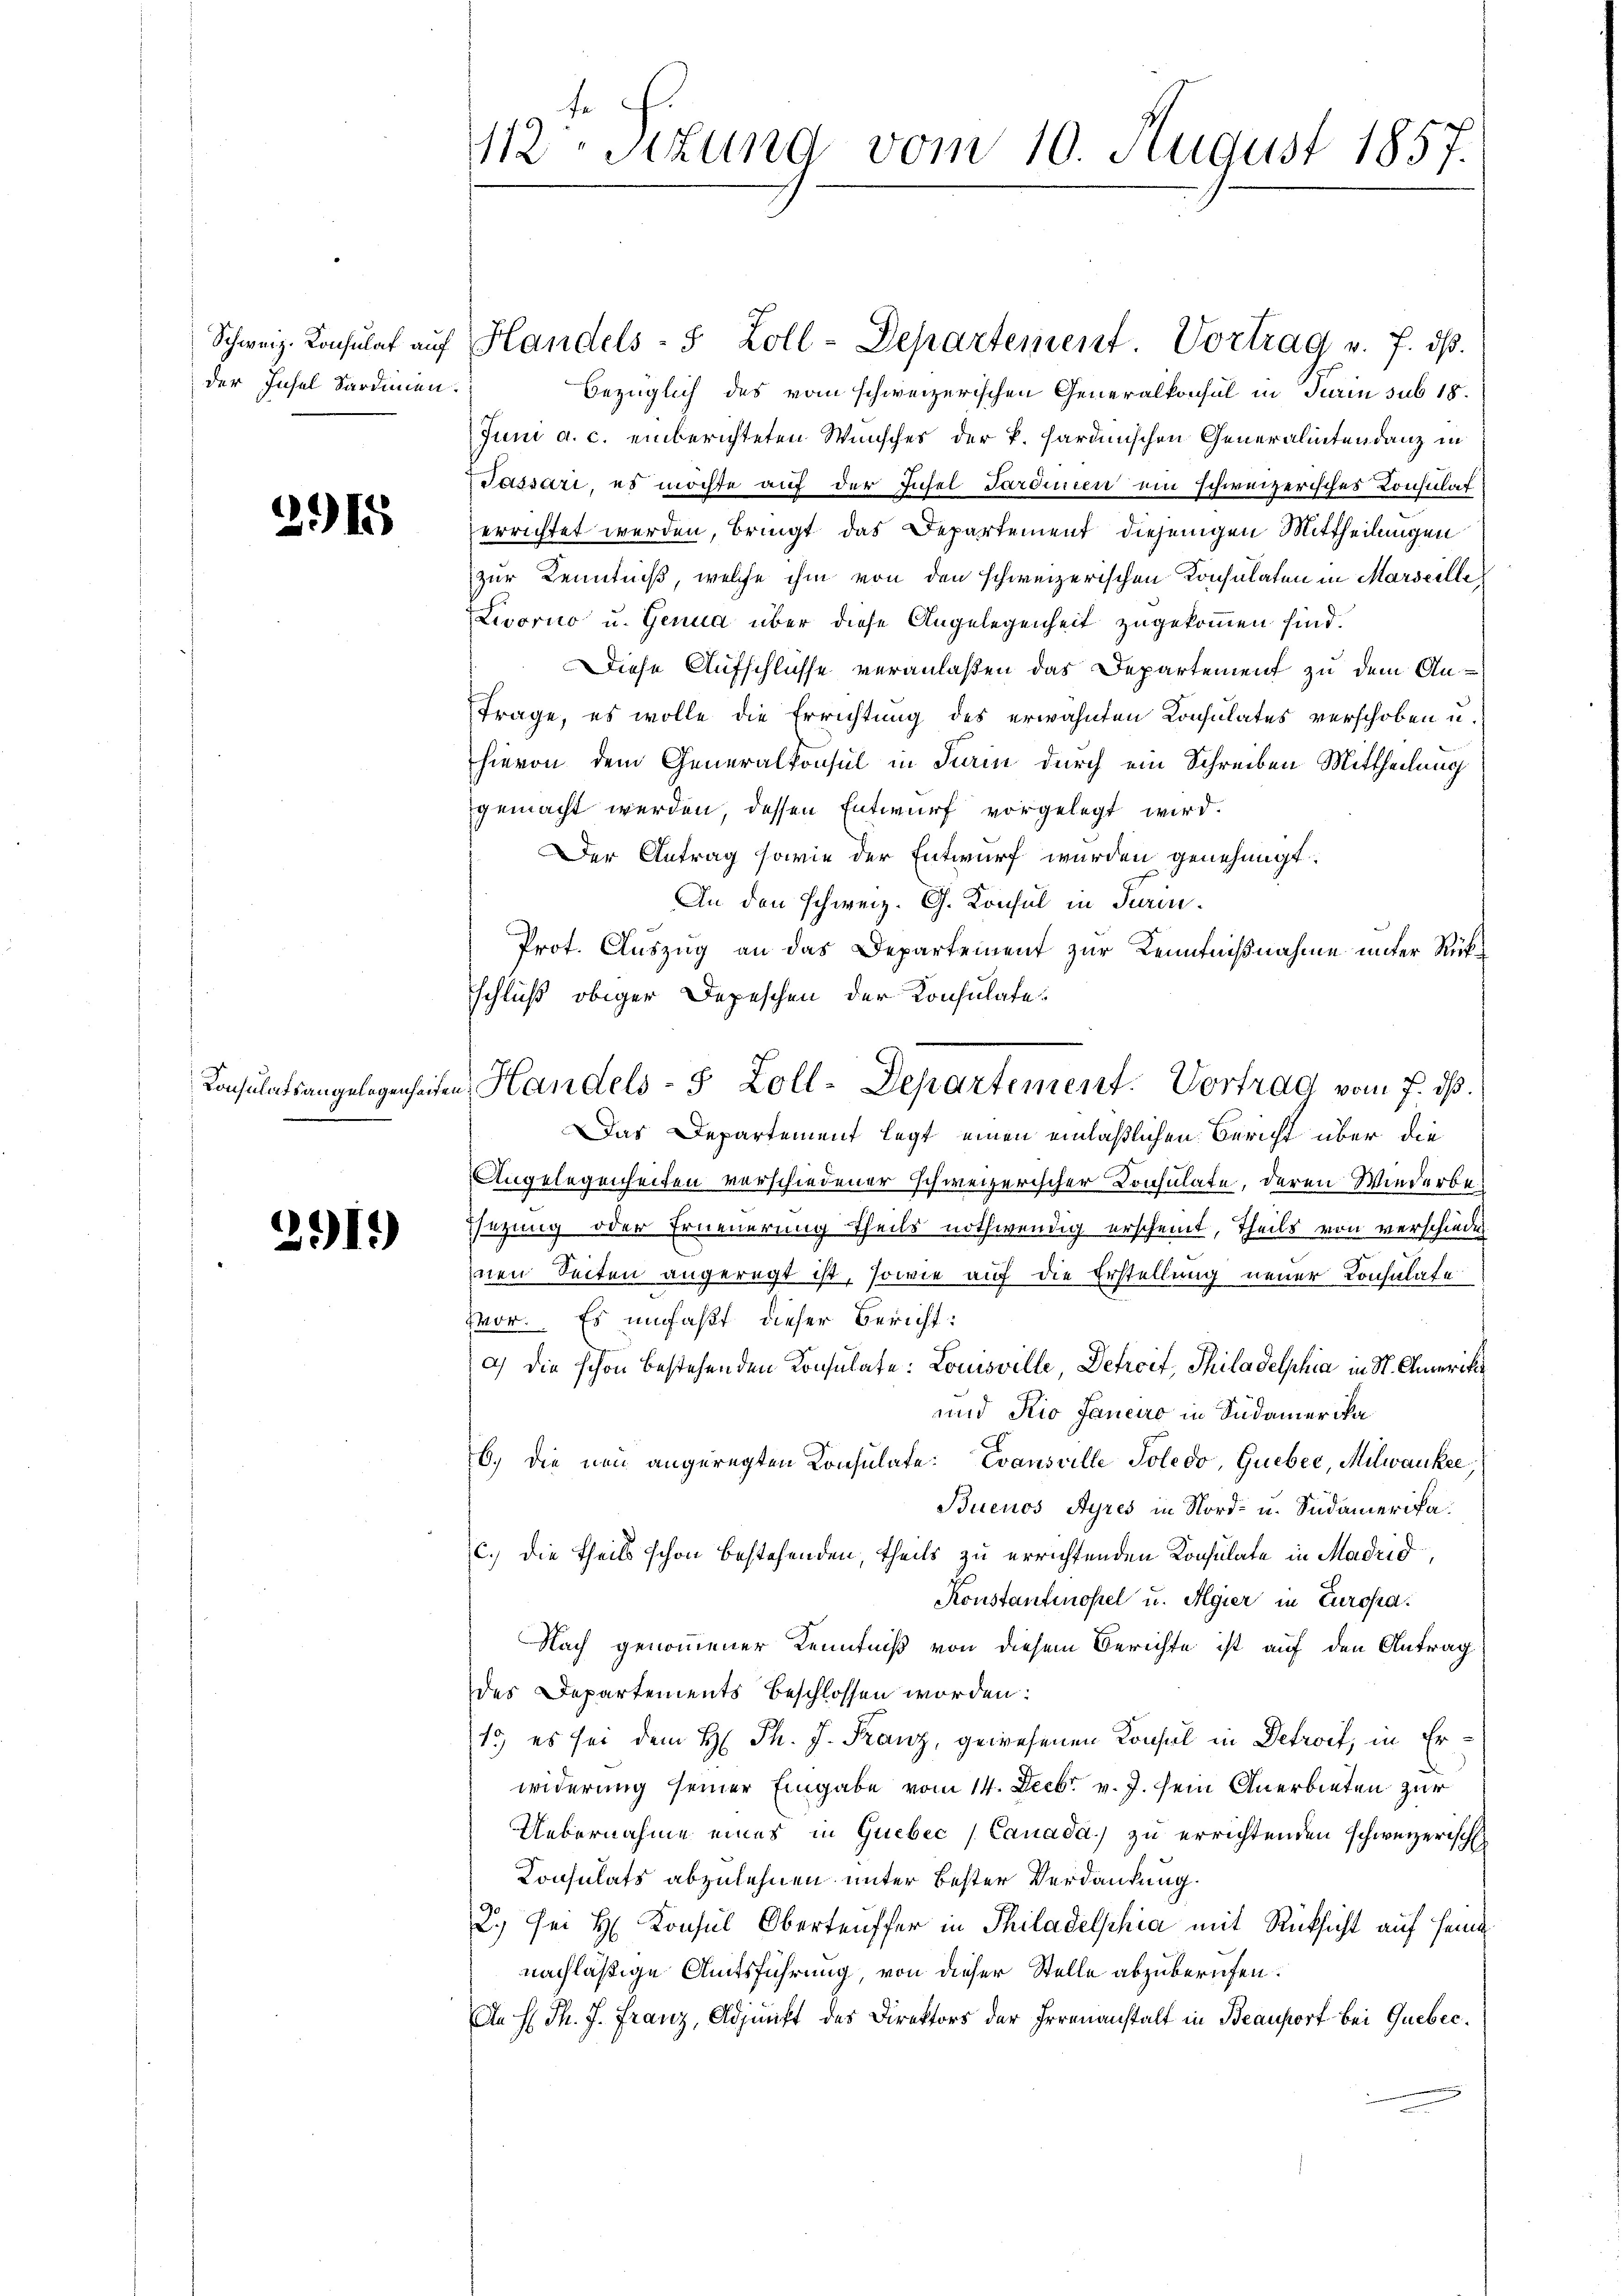
der Insel Sardinien.

2915

Consulatsangelegenheite

291)

112 Setzung vom 10. August 1857.

Schweiz. Konsulat auf Handels- 5 Zoll-Departement. Vortrag v. 7. dβ.
bezüglich des vom schweizerischen Generalkonsul in Turin sub 18.
Juni a. c. einberichteten Wunsches der k. hardischen Generalintendanz in
Passari, es möchte auf der Insel Sardinien ein schweizerisches Konsulat
errichtet werden, bringt das Departement diejenigen Mittheilungen
zur Kenntniß, welche ihm von den schweizerischen Konsulaten in Marseille
Livorno u. Genua über diese Angelegenheit zugekommen sind.
Diese Aufschlüsse veranlaßen das Departement zu dem An¬
Frage, es wolle die Errichtung des erwähnten Consulates verschoben u.
hievon dem Generalkonsul in Turin durch ein Schreiben Mittheilung
gemacht werden, dessen Entwurf vorgelegt wird.
Der Antrag sowie der Entwurf wurden genehmigt.
An den schweiz. G. Konsul in Turin
Prot. Auszug an das Departement zur Kenntnißnahme unter Rückschluß obiger Depeschen der Konsulate.
Das Departement legt einen einläßlichen Bericht über die
Angelegenheiten verschiedener schweizerischer Consulate, deren Wiederbesezung oder Erneuerung theils nothwendig erscheint, Theils von verschiede
nen Seiten angeregt ist, sowie auf die Erstellung neuer Konsulate
Mor. Es umfaßt, dieser Bericht:
a) die schon bestehenden Konsulate: Louisville, Detroit, Philadelphia in St. Camerik
und Kio Janeiro in Südamerika
b.) die neu angeregten Konsulate. Evansville Poledo, Gueber, Milwanke,
Buenos Ayres in Nord- u. Südamerikac.) die Theils schon bestehenden, theils zu errichtenden Konsulate in Madrid,
Konstantmösel u. Algier in Europa
Nach genommener Kenntniß von diesem Berichte ist auf den Antrag
des Departements beschlossen worden:
1. es sei dem H. Ph. J. Franz, gewesenen Konsul in Detroit, in Erwiderung seiner Eingabe vom 14. Decbr. v. J. sein Anerbieten zur
Uebernahme eines in Quebec /Canada) zu errichtenden schweizerisch
Konsulats abzulehnen unter bester Verdankung.
2.) Sei H. Konsul Oberteuffer in Philadelphia mit Rücksicht auf Heinnachläßige Amtsführung, von dieser Stelle abzuberufen.
An h. Th. J. Franz, Adjunkt des Direktors der Errenanstalt in Beausort bei Guebec

uen Handels- 5 Zoll-Departement. Vortrag vom 7. ds.